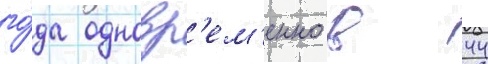
го́да одновр'ем'енно в 44